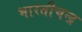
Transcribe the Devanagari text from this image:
भारतीचन्द्र